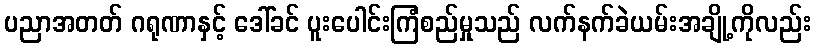
ပညာအတတ် ဂရုဏာနှင့် ဒေါ်ခင် ပူးပေါင်းကြံစည်မှုသည် လက်နက်ခဲယမ်းအချို့ကိုလည်း